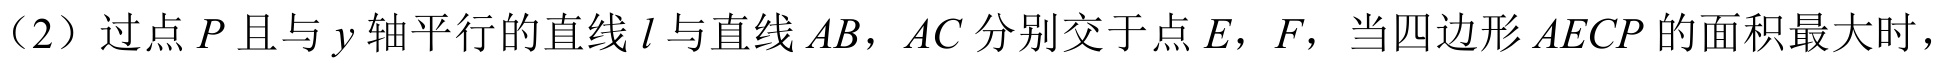
（2）过点 \(P\) 且与 \(y\) 轴平行的直线 \(l\) 与直线 \(AB\)，\(AC\) 分别交于点 \(E\)，\(F\)，当四边形 \(AECP\) 的面积最大时，